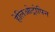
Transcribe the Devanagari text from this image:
हेलिओट्रोपिन